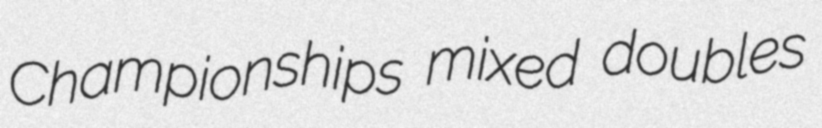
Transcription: Championships mixed doubles